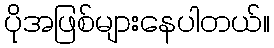
ပိုအဖြစ်များနေပါတယ်။